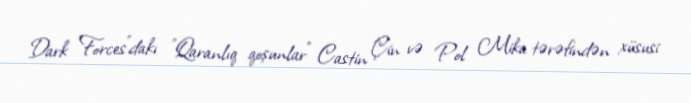
Dark Forces"dakı "Qaranlıq qoşunlar" Castin Çin və Pol Mika tərəfindən xüsusi